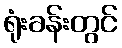
ရုံးခန်းတွင်